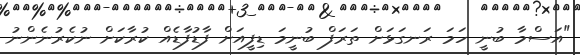
"އަސްމާ ބުނީ ހަމަ ރަނގަޅަށް ތަރަފް ބުނީމަ ޑިފީއަށް ފާޑުފާޑެއް ކުރާކަށް ނުކެރުނެންނު